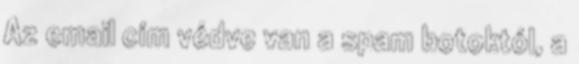
Az email cím védve van a spam botoktól, a